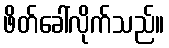
ဖိတ်ခေါ်လိုက်သည်။